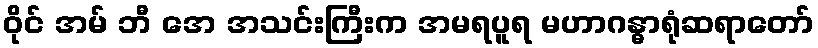
ဝိုင် အမ် ဘီ အေ အသင်းကြီးက အမရပူရ မဟာဂန္ဓာရုံဆရာတော်